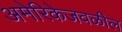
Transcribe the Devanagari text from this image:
अमेरिकेजवळील